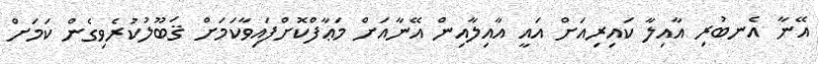
އޭނާ އެނބުރި އާއިލާ ކައިރިއަށް އައީ އާއިލާއިން އޭނާއަށް މަޢާފްކޮށްފައިވާކަމަށް ޤަބޫލުކުރެވިގެން ކަމަށް